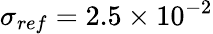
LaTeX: \sigma_{{ref}}=2.5\times 10^{-2}